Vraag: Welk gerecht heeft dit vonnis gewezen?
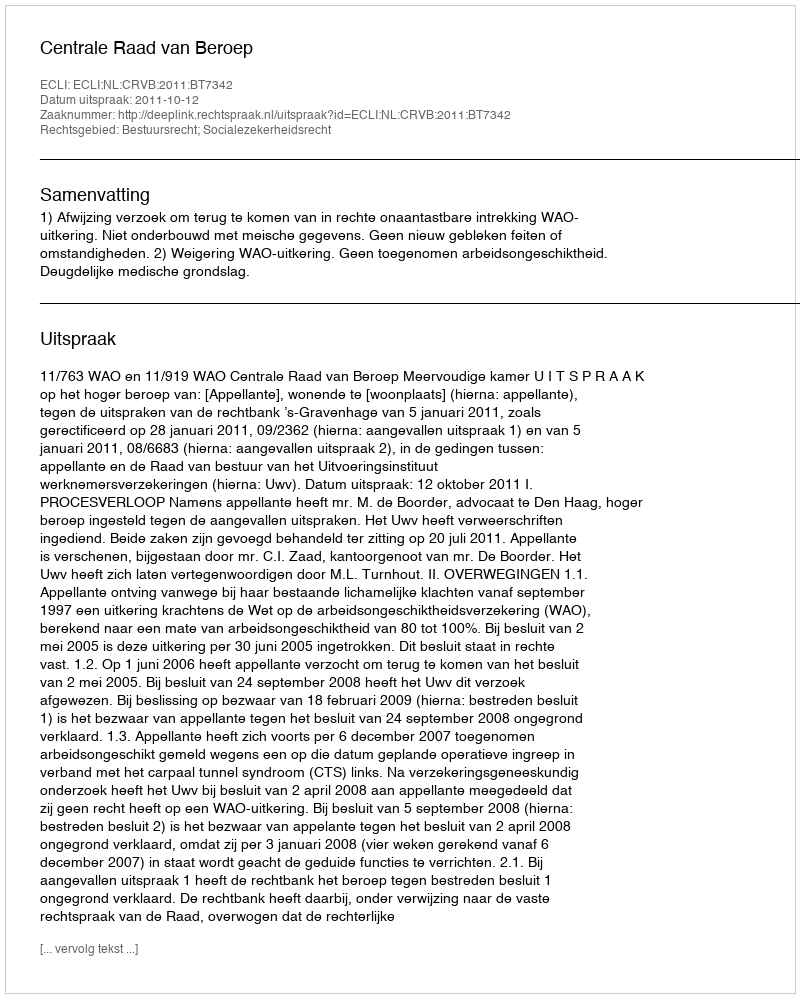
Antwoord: Centrale Raad van Beroep